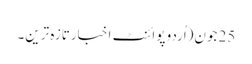
25 جون(اُردو پوائنٹ اخبارتازہ ترین۔